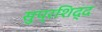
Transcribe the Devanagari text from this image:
सुप्रशिद्द